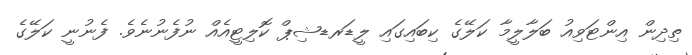
ތިދިން އިންޓަވިއު ބަލާލީމާ ކަލޭގެ ކިބައިގައި ލީޑަރޑޝިޕް ކޮލިޓީއެއް ނުފެނުނެވެ. ފެނުނީ ކަލޭގެ